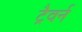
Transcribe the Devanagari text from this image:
ट्रैवर्न